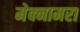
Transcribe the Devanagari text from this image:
मेक्नामरा